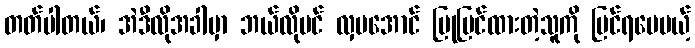
တတ်ပါတယ်၊ အဲဒီလိုအခါမှာ ဘယ်လိုပင် လှပအောင် ပြုပြင်ထားတဲ့သူကို မြင်ရပေမယ့်